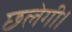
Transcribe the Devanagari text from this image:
छलेगी।